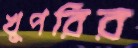
খুপরির